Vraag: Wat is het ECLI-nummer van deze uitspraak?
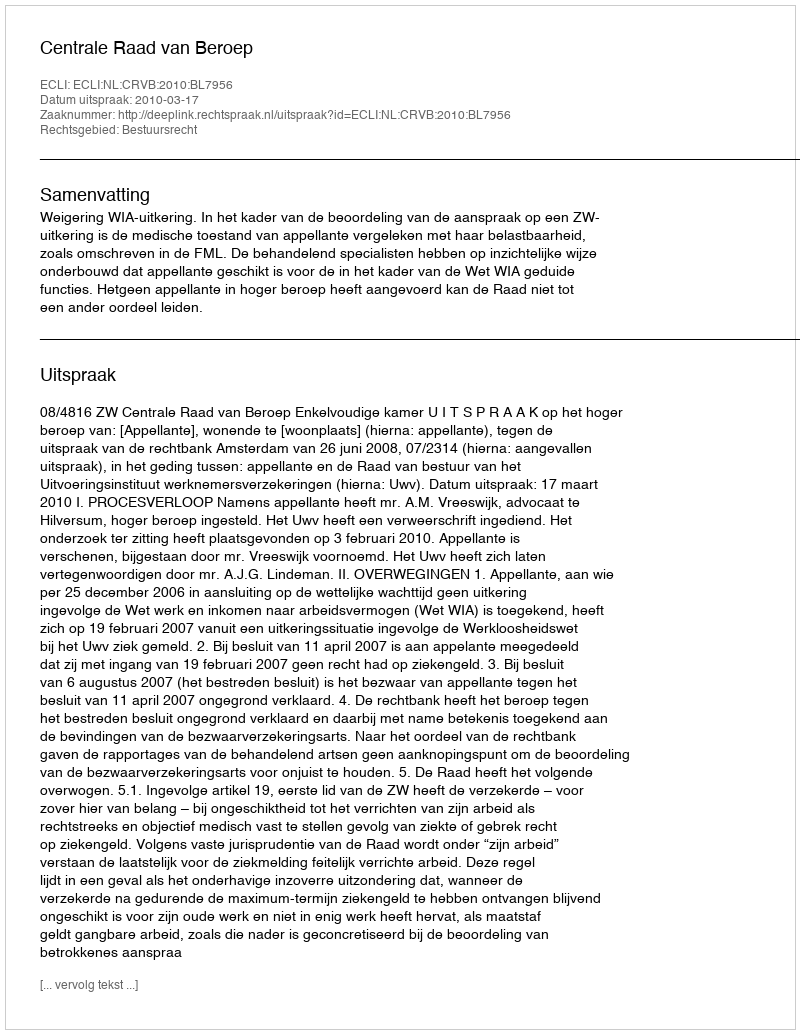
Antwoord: ECLI:NL:CRVB:2010:BL7956